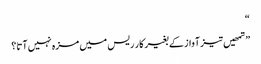
“
”تمھیں تیز آواز کے بغیر کار ریس میں مزہ نہیں آتا؟